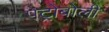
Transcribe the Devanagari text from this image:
पेट्रोबोली